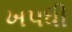
ખપધી